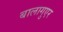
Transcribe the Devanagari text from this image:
बालागुएर